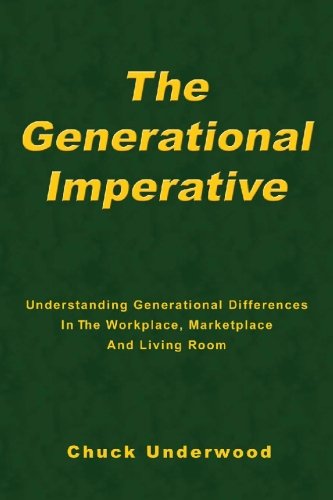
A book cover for The Generational Imperative: Understanding Generational Differences in the Workplace, Marketplace, and Living Room; Chuck Underwood; Politics & Social Sciences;